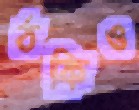
ঠকিও